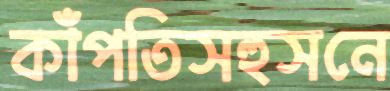
কাঁপতিসহুসনে